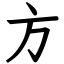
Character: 方